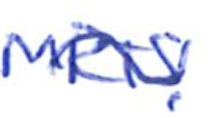
Text: MRTS.
Cross-out: wave
Writing tool: ballpoint